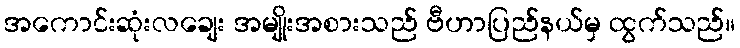
အကောင်းဆုံးလချေး အမျိုးအစားသည် ဗီဟာပြည်နယ်မှ ထွက်သည်။